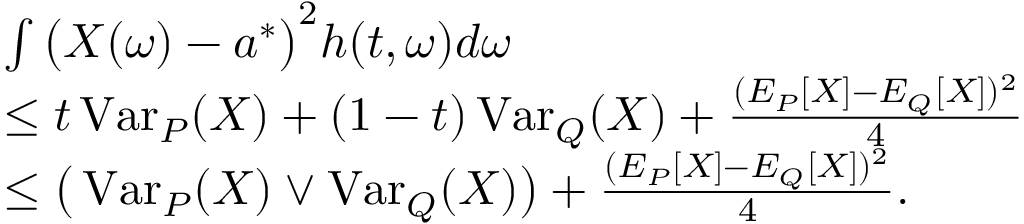
\begin{array} { r l } & { \int \big ( X ( \omega ) - a ^ { * } \big ) ^ { 2 } h ( t , \omega ) d \omega } \\ & { \leq t \operatorname { V a r } _ { P } ( X ) + ( 1 - t ) \operatorname { V a r } _ { Q } ( X ) + \frac { ( E _ { P } [ X ] - E _ { Q } [ X ] ) ^ { 2 } } 4 } \\ & { \leq \big ( \operatorname { V a r } _ { P } ( X ) \vee \operatorname { V a r } _ { Q } ( X ) \big ) + \frac { ( E _ { P } [ X ] - E _ { Q } [ X ] ) ^ { 2 } } 4 . } \end{array}